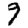
Digit: 9